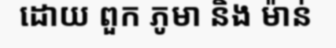
ដោយ ពួក ភូមា និង ម៉ាន់